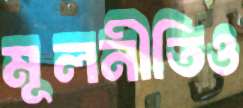
মূলনীতিও